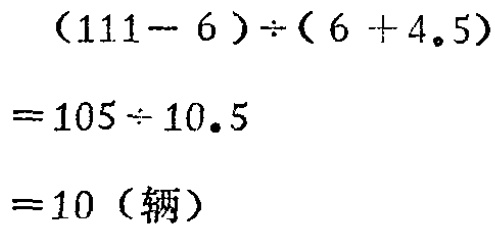
\((111 - 6)\div(6 + 4.5)\)
\(= 105\div10.5\)
\(= 10 (\text{辆})\)